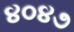
૪૦૪૭